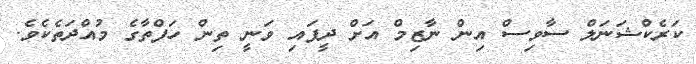
ކަރެކްޝަނަލް ސާވިސް އިން ނާޒިމް އަށް ދީފައި ވަނީ ތިން ހަފްތާގެ މުއްދަތެކެވެ.